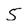
Character: 5